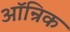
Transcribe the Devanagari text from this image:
ऑन्रिक